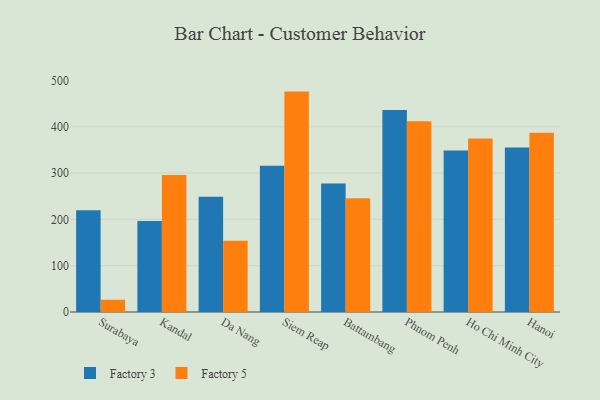
{"axis": {"x": "City", "y": "Website Visitors"}, "legend": ["Factory 3", "Factory 5"], "data": [{"x": "Surabaya", "y": 219.7, "type": "Factory 3"}, {"x": "Surabaya", "y": 26.4, "type": "Factory 5"}, {"x": "Kandal", "y": 196.6, "type": "Factory 3"}, {"x": "Kandal", "y": 296.0, "type": "Factory 5"}, {"x": "Da Nang", "y": 248.8, "type": "Factory 3"}, {"x": "Da Nang", "y": 153.6, "type": "Factory 5"}, {"x": "Siem Reap", "y": 315.8, "type": "Factory 3"}, {"x": "Siem Reap", "y": 475.9, "type": "Factory 5"}, {"x": "Battambang", "y": 277.2, "type": "Factory 3"}, {"x": "Battambang", "y": 245.7, "type": "Factory 5"}, {"x": "Phnom Penh", "y": 436.1, "type": "Factory 3"}, {"x": "Phnom Penh", "y": 411.9, "type": "Factory 5"}, {"x": "Ho Chi Minh City", "y": 348.7, "type": "Factory 3"}, {"x": "Ho Chi Minh City", "y": 374.8, "type": "Factory 5"}, {"x": "Hanoi", "y": 355.0, "type": "Factory 3"}, {"x": "Hanoi", "y": 387.1, "type": "Factory 5"}]}